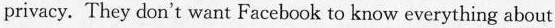
privacy. They don't want Facebook ta know everything about